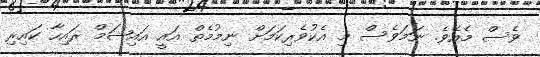
ވެސް މެއެވެ. ނަމަވެސް މި އެކުވެރިކަމަށް ނިމުމެތް އައީ އައިޝަމް ރައިހާ ކައިރި